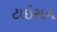
ટાઈસન